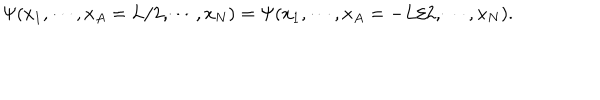
LaTeX: \Psi ( x _ { 1 } , \cdots , x _ { A } = L / 2 , \cdots , x _ { N } ) = \Psi ( x _ { 1 } , \cdots , x _ { A } = - L / 2 , \cdots , x _ { N } ) .